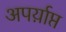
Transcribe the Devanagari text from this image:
अपर्य़ाप्त